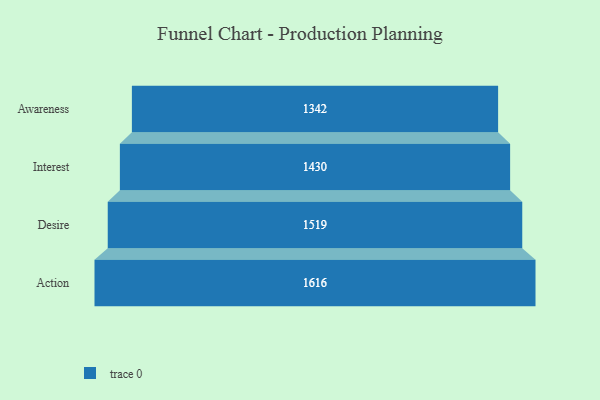
{"axis": {"x": "Stage", "y": "Value"}, "legend": [""], "data": [{"x": "Awareness", "y": 1342.0, "type": ""}, {"x": "Interest", "y": 1430.0, "type": ""}, {"x": "Desire", "y": 1519.0, "type": ""}, {"x": "Action", "y": 1616.0, "type": ""}]}